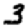
Digit: 3